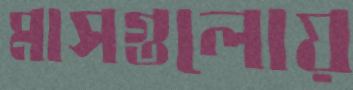
মাসগুলোয়